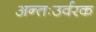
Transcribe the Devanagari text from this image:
अन्तःउर्वरक